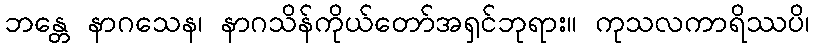
ဘန္တေ နာဂသေန၊ နာဂသိန်ကိုယ်တော်အရှင်ဘုရား။ ကုသလကာရိဿပိ၊